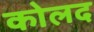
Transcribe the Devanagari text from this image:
कोलद